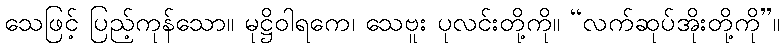
သေဖြင့် ပြည့်ကုန်သော။ မုဋ္ဌိဝါရကေ၊ သေဗူး ပုလင်းတို့ကို။ “လက်ဆုပ်အိုးတို့ကို”။